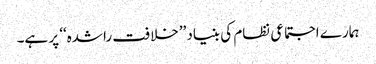
ہمارے اجتماعی نظام کی بنیاد ’’خلافت راشدہ‘‘ پر ہے۔